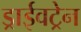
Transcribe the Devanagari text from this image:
ड्राईवट्रेन